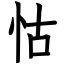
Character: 怙